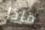
ماذا